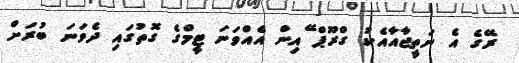
ރޭގެ އެ ނަތީޖާއާއެކު ގްރޫޕް ޭއިން އެއްވަނަ ޓީމްގެ ގޮތުގައި ދެވަނަ ބުރަށް